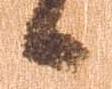
候